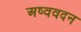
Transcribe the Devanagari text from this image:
अष्ववदन